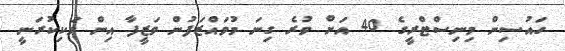
ހައުސިން މިނިސްޓްރީގެ 40 އަށް ވުރެ ގިނަ މުވައްޒަފުން ވަޒީފާ އިން ވަކިކުރަނީ